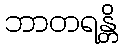
ဘာတရန္တိ